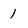
Character: I